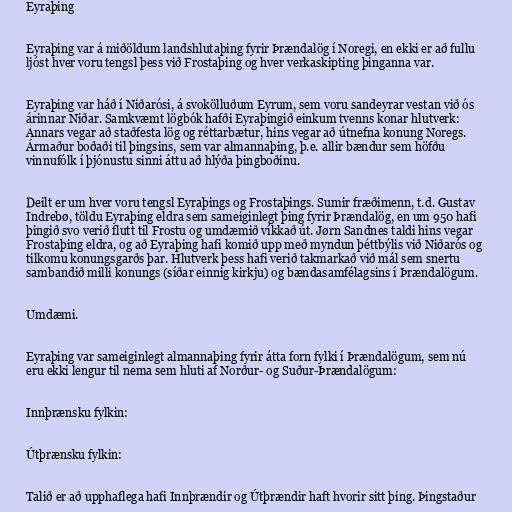
Eyraþing

Eyraþing var á miðöldum landshlutaþing fyrir Þrændalög í Noregi, en ekki er að fullu
ljóst hver voru tengsl þess við Frostaþing og hver verkaskipting þinganna var.

Eyraþing var háð í Niðarósi, á svokölluðum Eyrum, sem voru sandeyrar vestan við ós
árinnar Niðar. Samkvæmt lögbók hafði Eyraþingið einkum tvenns konar hlutverk:
Annars vegar að staðfesta lög og réttarbætur, hins vegar að útnefna konung Noregs.
Ármaður boðaði til þingsins, sem var almannaþing, þ.e. allir bændur sem höfðu
vinnufólk í þjónustu sinni áttu að hlýða þingboðinu.

Deilt er um hver voru tengsl Eyraþings og Frostaþings. Sumir fræðimenn, t.d. Gustav
Indrebø, töldu Eyraþing eldra sem sameiginlegt þing fyrir Þrændalög, en um 950 hafi
þingið svo verið flutt til Frostu og umdæmið víkkað út. Jørn Sandnes taldi hins vegar
Frostaþing eldra, og að Eyraþing hafi komið upp með myndun þéttbýlis við Niðarós og
tilkomu konungsgarðs þar. Hlutverk þess hafi verið takmarkað við mál sem snertu
sambandið milli konungs (síðar einnig kirkju) og bændasamfélagsins í Þrændalögum.

Umdæmi.

Eyraþing var sameiginlegt almannaþing fyrir átta forn fylki í Þrændalögum, sem nú
eru ekki lengur til nema sem hluti af Norður- og Suður-Þrændalögum:

Innþrænsku fylkin:

Útþrænsku fylkin:

Talið er að upphaflega hafi Innþrændir og Útþrændir haft hvorir sitt þing. Þingstaður